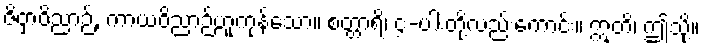
ဇိဝှာဝိညာဉ်, ကာယဝိညာဉ်ဟူကုန်သော။ စတ္တာရိ၊ ၄-ပါးတို့လည်းကောင်း။ ဣတိ၊ ဤသို့။